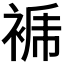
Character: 𧚜